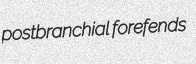
postbranchial forefends